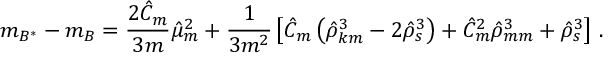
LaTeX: m _ { B ^ { * } } - m _ { B } = \frac { 2 \hat { C } _ { m } } { 3 m } \hat { \mu } _ { m } ^ { 2 } + \frac { 1 } { 3 m ^ { 2 } } \left[ \hat { C } _ { m } \left( \hat { \rho } _ { k m } ^ { 3 } - 2 \hat { \rho } _ { s } ^ { 3 } \right) + \hat { C } _ { m } ^ { 2 } \hat { \rho } _ { m m } ^ { 3 } + \hat { \rho } _ { s } ^ { 3 } \right] \, .